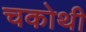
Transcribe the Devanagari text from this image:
चकोथी